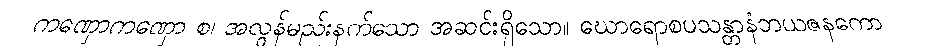
ကဏှောကဏှော စ၊ အလွန်မည်းနက်သော အဆင်းရှိသော။ ဃောရောစပသန္တာနံဘယဇနကော